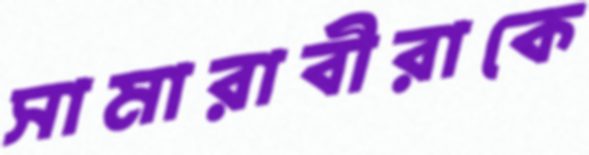
সামারাবীরাকে